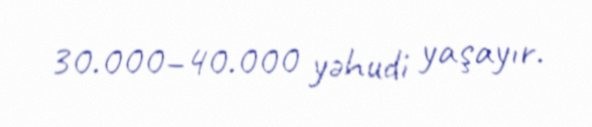
30.000–40.000 yəhudi yaşayır.